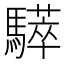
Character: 𩦗